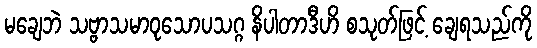
မချေဘဲ သဗ္ဗာသမာဝုသောပသဂ္ဂ နိပါတာဒီဟိ စသုတ်ဖြင့် ချေရသည်ကို